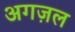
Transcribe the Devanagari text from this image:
अगज़ल